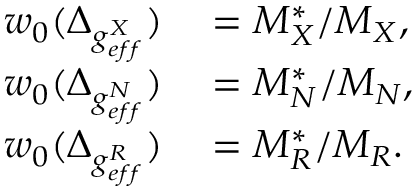
\begin{array} { r l } { w _ { 0 } ( \Delta _ { g _ { e f f } ^ { X } } ) } & { { } = M _ { X } ^ { * } / M _ { X } , } \\ { w _ { 0 } ( \Delta _ { g _ { e f f } ^ { N } } ) } & { { } = M _ { N } ^ { * } / M _ { N } , } \\ { w _ { 0 } ( \Delta _ { g _ { e f f } ^ { R } } ) } & { { } = M _ { R } ^ { * } / M _ { R } . } \end{array}